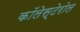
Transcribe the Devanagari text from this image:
कॉलेस्टेरोल